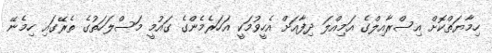
ހިމާޔަތްކޮށް އިސްރާއިލްގެ އަމިއްލަ ދިފާއަށް އެހީވުމަކީ އަހަރެމެންގެ ގައުމީ މަސްލަހަތުގެ ތެރޭގައި ހިމެނޭ